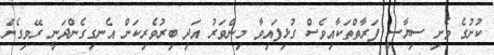
ކުށުގެ ވެށި ސިޔާސީ ފަރާތްތަކާއިވެސް ގުޅިފައިވާ މިންވަރު އަދި ބިރުވެރިކަން އެނގިގެންދަނީ ރޭވިގެން